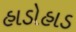
હાડોહાડ